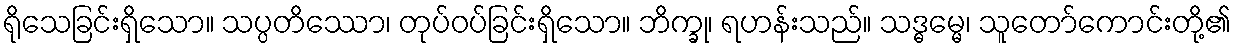
ရိုသေခြင်းရှိသော။ သပ္ပတိဿော၊ တုပ်ဝပ်ခြင်းရှိသော။ ဘိက္ခု၊ ရဟန်းသည်။ သဒ္ဓမ္မေ၊ သူတော်ကောင်းတို့၏